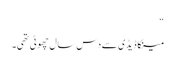
“
مینکا ڈیڈی سے دس سال چھوٹی تھی۔